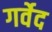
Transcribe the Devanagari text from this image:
गर्वेद